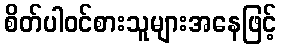
စိတ်ပါဝင်စားသူများအနေဖြင့်